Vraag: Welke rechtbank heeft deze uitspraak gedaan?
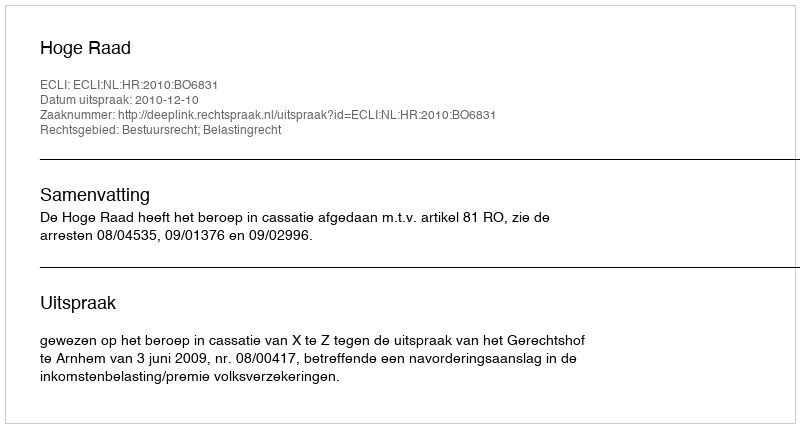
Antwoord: Hoge Raad